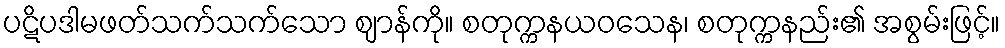
ပဋိပဒါမဖတ်သက်သက်သော ဈာန်ကို။ စတုက္ကနယဝသေန၊ စတုက္ကနည်း၏ အစွမ်းဖြင့်။